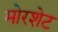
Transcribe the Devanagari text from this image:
मोरशेट